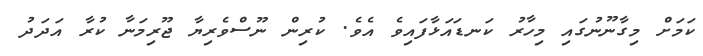
ކަމަށް މިގާނޫނުގައި މިހާރު ކަނޑައަޅާފައިވެ އެވެ. ކުރިން ނޫސްވެރިޔާ ޖޫރިމަނާ ކުރާ އަދަދު